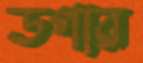
ডগার